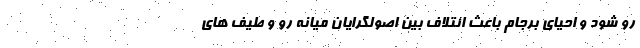
رو شود و احیای برجام باعث ائتلاف بین اصولگرایان میانه رو و طیف های